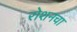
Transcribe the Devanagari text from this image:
रोशनचा